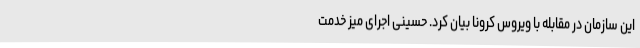
این سازمان در مقابله با ویروس کرونا بیان کرد. حسینی اجرای میز خدمت